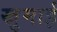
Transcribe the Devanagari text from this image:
खुमाई